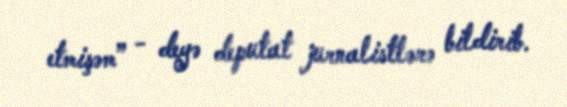
etmişəm” - deyə deputat jurnalistlərə bildirib.